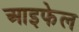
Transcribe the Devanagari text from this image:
आइफेल